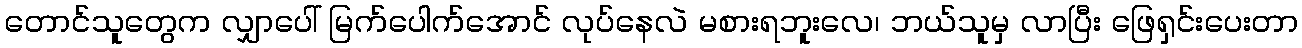
တောင်သူတွေက လျှာပေါ် မြက်ပေါက်အောင် လုပ်နေလဲ မစားရဘူးလေ၊ ဘယ်သူမှ လာပြီး ဖြေရှင်းပေးတာ